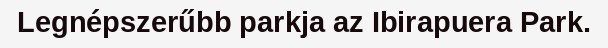
Legnépszerűbb parkja az Ibirapuera Park.